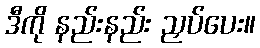
ဒီကို နည်းနည်း ညှပ်ပေး။